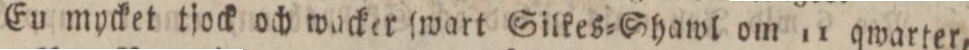
En mycket tjock och wacker ſwart Silkes=Shawl om 11 qwarter,